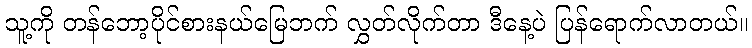
သူ့ကို တန်ဘော့ပိုင်စားနယ်မြေဘက် လွှတ်လိုက်တာ ဒီနေ့ပဲ ပြန်ရောက်လာတယ်။